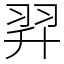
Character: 𦐒